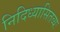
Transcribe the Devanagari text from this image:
निदिध्यासितव्यः